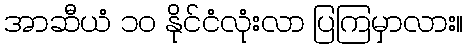
အာဆီယံ ၁၀ နိုင်ငံလုံးလာ ပြကြမှာလား။